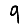
Digit: 9